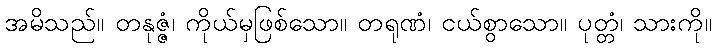
အမိသည်။ တနုဇ္ဇံ၊ ကိုယ်မှဖြစ်သော။ တရုဏံ၊ ငယ်စွာသော။ ပုတ္တံ၊ သားကို။